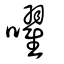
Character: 嚁